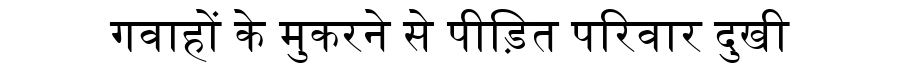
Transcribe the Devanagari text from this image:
गवाहों के मुकरने से पीड़ित परिवार दुखी